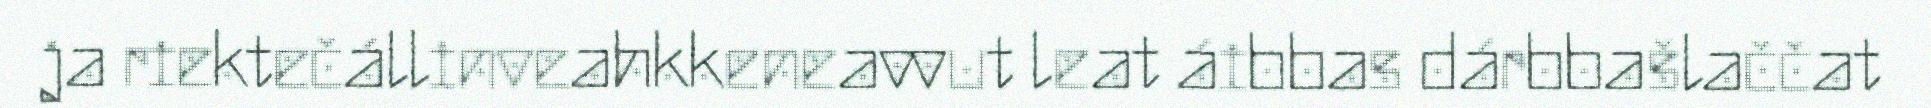
ja riektečállinveahkkeneavvut leat áibbas dárbbašlaččat